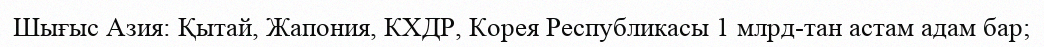
Шығыс Азия: Қытай, Жапония, КХДР, Корея Республикасы 1 млрд-тан астам адам бар;